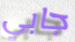
جابي